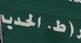
ط . الحدي